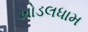
ખોડલધામ